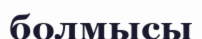
болмысы